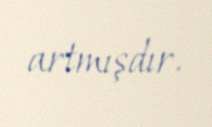
artmışdır.